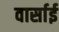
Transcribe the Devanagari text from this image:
वार्साई